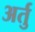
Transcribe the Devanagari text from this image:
अर्तु